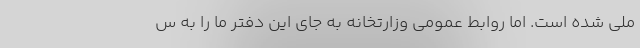
ملي شده است. اما روابط عمومي وزارتخانه به جاي اين دفتر ما را به س